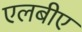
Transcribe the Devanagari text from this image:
एलबीए